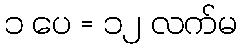
၁ ပေ = ၁၂ လက်မ